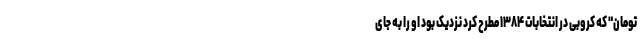
تومان" که کروبی در انتخابات ۱۳۸۴ مطرح کرد نزدیک بود او را به جای